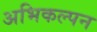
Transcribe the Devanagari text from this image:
अभिकल्‍पन